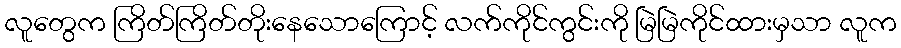
လူတွေက ကြိတ်ကြိတ်တိုးနေသောကြောင့် လက်ကိုင်ကွင်းကို မြဲမြဲကိုင်ထားမှသာ လူက